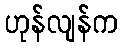
ဟုန်လျန်က